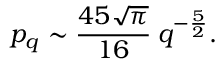
p _ { q } \sim \frac { 4 5 \sqrt { \pi } } { 1 6 } \: q ^ { - \frac { 5 } { 2 } } .